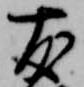
友